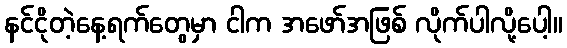
နင်ငိုတဲ့နေ့ရက်တွေမှာ ငါက အဖော်အဖြစ် လိုက်ပါလို့ပေါ့။